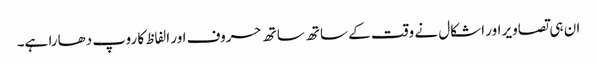
ان ہی تصاویر اور اشکال نے وقت کے ساتھ ساتھ حروف اور الفاظ کا روپ دھارا ہے۔